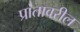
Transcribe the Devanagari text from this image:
प्रांतावरील